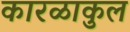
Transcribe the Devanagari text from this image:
कारळाकुल